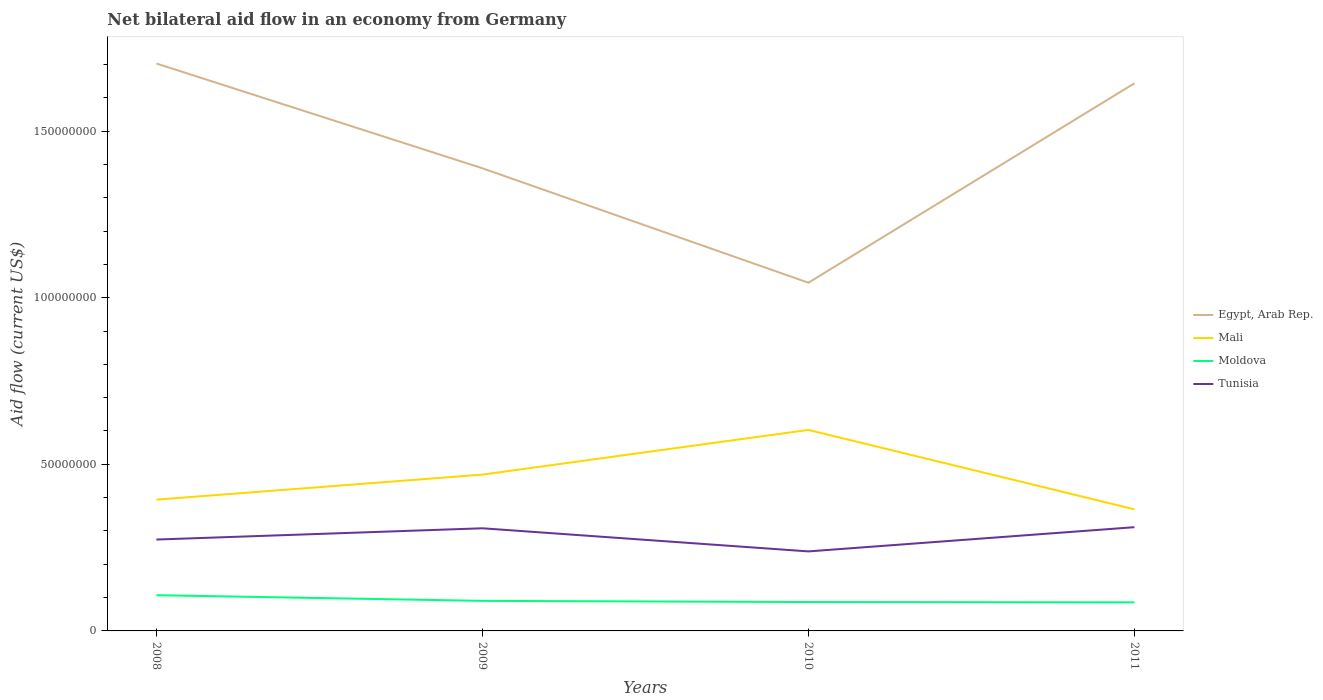
| Years | Egypt, Arab Rep. | Mali | Moldova | Tunisia |
 | --- | --- | --- | --- | --- |
 | 2008 | 1.7e+08 | 3.94e+07 | 1.07e+07 | 2.74e+07 |
 | 2009 | 1.39e+08 | 4.69e+07 | 9.02e+06 | 3.08e+07 |
 | 2010 | 1.04e+08 | 6.03e+07 | 8.67e+06 | 2.39e+07 |
 | 2011 | 1.64e+08 | 3.65e+07 | 8.58e+06 | 3.11e+07 |